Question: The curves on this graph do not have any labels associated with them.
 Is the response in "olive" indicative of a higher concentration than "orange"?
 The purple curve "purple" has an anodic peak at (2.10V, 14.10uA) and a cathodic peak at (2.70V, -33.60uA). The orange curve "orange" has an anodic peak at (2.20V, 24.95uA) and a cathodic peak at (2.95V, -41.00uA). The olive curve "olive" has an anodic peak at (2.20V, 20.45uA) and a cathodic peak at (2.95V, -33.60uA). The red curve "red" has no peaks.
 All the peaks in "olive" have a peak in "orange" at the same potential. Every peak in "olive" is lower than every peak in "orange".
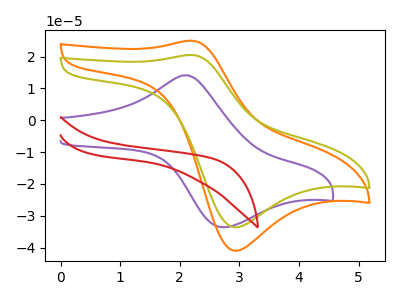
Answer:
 <answer>"olive" has less signal than "orange".</answer>
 <eval>less_signal</eval>